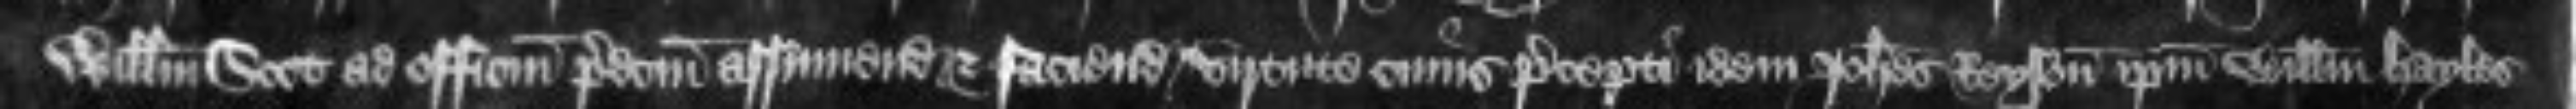
Willelmum Scot ad officium predictum assumendum et faciendum virtute cuius precepti idem Johannes Reyson ipsum Willelmum Hayles